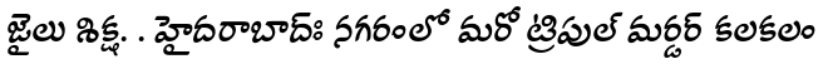
జైలు శిక్ష. . హైదరాబాద్ః నగరంలో మరో ట్రిపుల్ మర్డర్ కలకలం